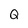
Character: Q